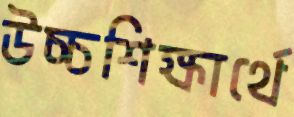
উচ্চশিক্ষার্থে